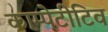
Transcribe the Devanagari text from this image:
काम्पेटीटिव